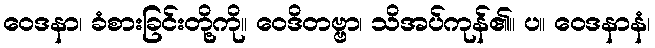
ဝေဒနာ၊ ခံစားခြင်းတို့ကို။ ဝေဒိတဗ္ဗာ၊ သိအပ်ကုန်၏။ ပ။ ဝေဒနာနံ၊